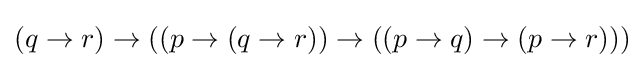
(q\to r)\to ((p\to (q\to r))\to ((p\to q)\to (p\to r)))